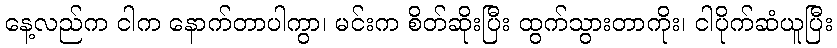
နေ့လည်က ငါက နောက်တာပါကွာ၊ မင်းက စိတ်ဆိုးပြီး ထွက်သွားတာကိုး၊ ငါပိုက်ဆံယူပြီး